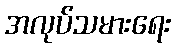
အလုပ်သမားရေး